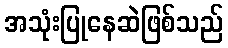
အသုံးပြုနေဆဲဖြစ်သည်